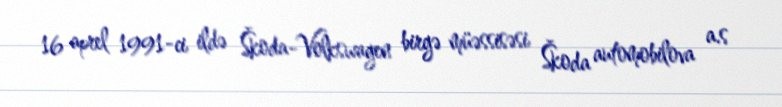
16 aprel 1991-ci ildə Škoda-Volkswagen birgə müəssisəsi Škoda automobilova a.s